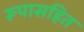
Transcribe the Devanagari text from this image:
रूपासहित